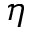
\eta